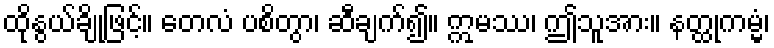
ထိုနွယ်ချိုဖြင့်။ တေလံ ပစိတွာ၊ ဆီချက်၍။ ဣမဿ၊ ဤသူအား။ နတ္ထုကမ္မံ၊